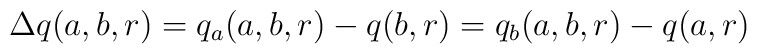
\Delta q(a,b,r)=q_{a}(a,b,r)-q(b,r)=q_{b}(a,b,r)-q(a,r)